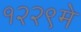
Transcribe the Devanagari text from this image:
१२२९मे